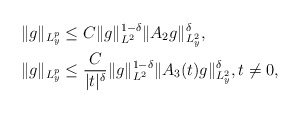
\begin{align*} &\| g\|_{L^p_y}\le C \|g\|_{L^2}^{1-\delta}\|A_2 g\|_{L^2_y}^\delta,\\&\| g\|_{L^p_y}\le \frac{C}{|t|^{\delta}} \|g\|_{L^2}^{1-\delta}\|A_3(t) g\|_{L^2_y}^\delta,t\not =0, \end{align*}